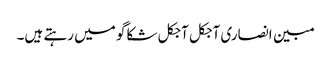
مبین انصاری آجکل آجکل شکاگو میں رہتے ہیں۔